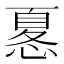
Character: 𢟜